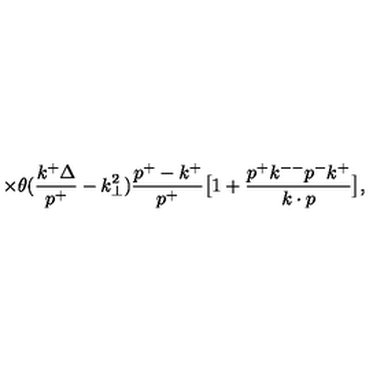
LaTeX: \times \theta ( { \frac { k ^ { + } \Delta } { p ^ { + } } } - k _ { \perp } ^ { 2 } ) { \frac { p ^ { + } - k ^ { + } } { p ^ { + } } } \bigl [ 1 + { \frac { p ^ { + } k ^ { -- } p ^ { - } k ^ { + } } { k \cdot p } } \bigr ] ,